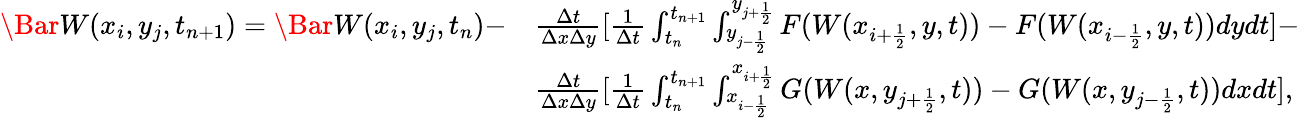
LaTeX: \begin{array}{rl}{\Bar W(x_{i},y_{j},t_{n+1})=\Bar W(x_{i},y_{j},t_{n})-}&{\frac{\Delta t}{\Delta x\Delta y}[\frac{1}{\Delta t}\int_{t_{n}}^{t_{n+1}}\int_{y_{j-\frac{1}{2}}}^{y_{j+\frac{1}{2}}}F(W(x_{i+\frac{1}{2}},y,t))-F(W(x_{i-\frac{1}{2}},y,t))dydt]-}\\ &{\frac{\Delta t}{\Delta x\Delta y}[\frac{1}{\Delta t}\int_{t_{n}}^{t_{n+1}}\int_{x_{i-\frac{1}{2}}}^{x_{i+\frac{1}{2}}}G(W(x,y_{j+\frac{1}{2}},t))-G(W(x,y_{j-\frac{1}{2}},t))dxdt],}\end{array}